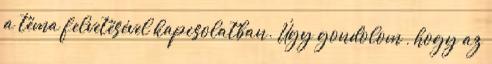
a téma felvetésével kapcsolatban. Úgy gondolom , hogy az